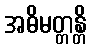
အဓိမတ္တန္တိ